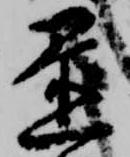
置